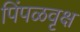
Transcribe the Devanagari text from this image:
पिंपळवृक्ष